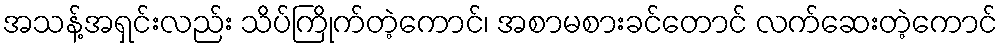
အသန့်အရှင်းလည်း သိပ်ကြိုက်တဲ့ကောင်၊ အစာမစားခင်တောင် လက်ဆေးတဲ့ကောင်